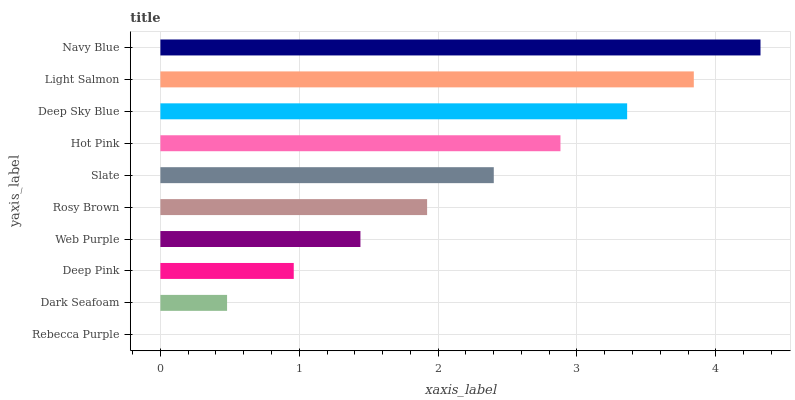
| yaxis_label | bars |
 | --- | --- |
 | Rebecca Purple | 0 |
 | Dark Seafoam | 0.48 |
 | Deep Pink | 0.96 |
 | Web Purple | 1.44 |
 | Rosy Brown | 1.92 |
 | Slate | 2.4 |
 | Hot Pink | 2.88 |
 | Deep Sky Blue | 3.36 |
 | Light Salmon | 3.84 |
 | Navy Blue | 4.32 |